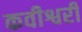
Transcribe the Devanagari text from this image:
कवीश्वरी